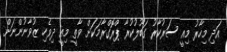
އަދި މިހާރު މިއީ ސަރުކާރު ގަބޫލުކުރާ ޕްރޮގްރާމަކަށް ވާތީ މިއީ ދިވެހި ޒުވާނުންނަށް